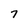
Character: 7